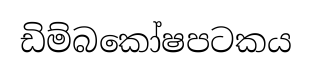
ඩිම්බකෝෂපටකය